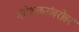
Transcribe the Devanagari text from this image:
मंगेशकरांबरोबर